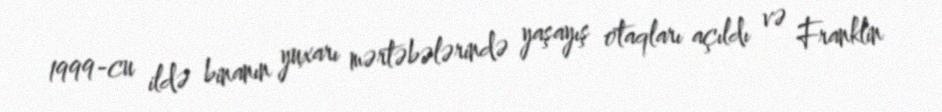
1999-cu ildə binanın yuxarı mərtəbələrində yaşayış otaqları açıldı və Franklin